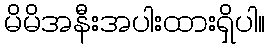
မိမိအနီးအပါးထားရှိပါ။